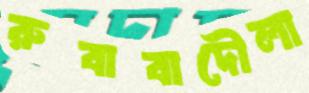
রুবাবাদৌলা